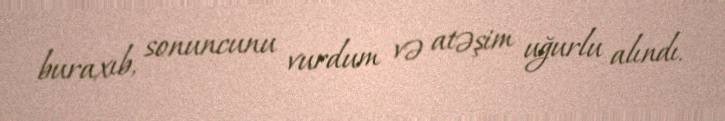
buraxıb, sonuncunu vurdum və atəşim uğurlu alındı.